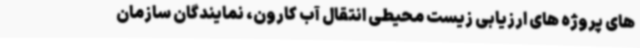
های پروژه های ارزیابی زیست محیطی انتقال آب کارون، نمایندگان سازمان